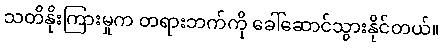
သတိနိုးကြားမှုက တရားဘက်ကို ခေါ်ဆောင်သွားနိုင်တယ်။